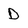
Character: D